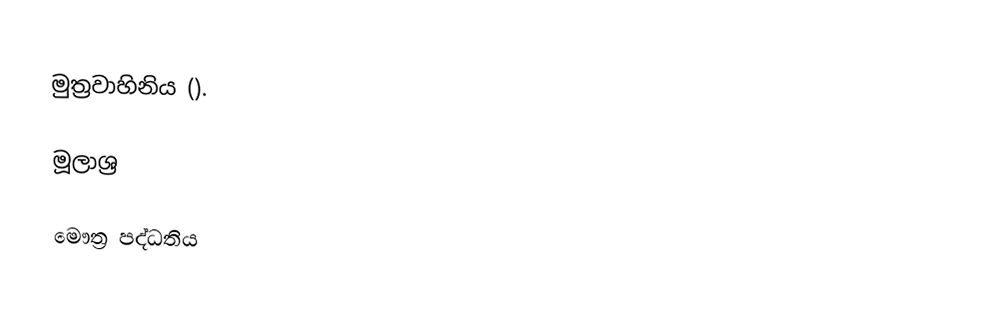
මුත්‍රවාහිනිය ().

මූලාශ්‍ර

මෞත්‍ර පද්ධතිය